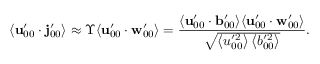
\langle \mathbf { u } _ { 0 0 } ^ { \prime } \cdot \mathbf { j } _ { 0 0 } ^ { \prime } \rangle \approx \Upsilon \langle \mathbf { u } _ { 0 0 } ^ { \prime } \cdot \mathbf { w } _ { 0 0 } ^ { \prime } \rangle = \frac { \langle \mathbf { u } _ { 0 0 } ^ { \prime } \cdot \mathbf { b } _ { 0 0 } ^ { \prime } \rangle \langle \mathbf { u } _ { 0 0 } ^ { \prime } \cdot \mathbf { w } _ { 0 0 } ^ { \prime } \rangle } { \sqrt { \left\langle u _ { 0 0 } ^ { \prime 2 } \right\rangle \left\langle b _ { 0 0 } ^ { \prime 2 } \right\rangle } } .